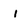
Character: l